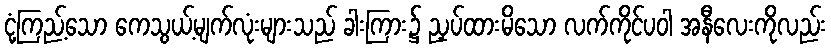
ငုံ့ကြည့်သော ကေသွယ့်မျက်လုံးများသည် ခါးကြား၌ ညှပ်ထားမိသော လက်ကိုင်ပဝါ အနီလေးကိုလည်း